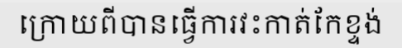
ក្រោយពីបានធ្វើការវះកាត់កែខ្ទង់